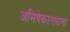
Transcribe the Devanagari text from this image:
अभिषेकाराधना